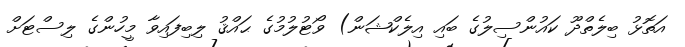
އަތޮޅު ބިލެތްދޫ ކައުންސިލުގެ ބައި އިލެކްޝަން) ވޯޓުލުމުގެ ޙައްޤު ލިބިފައިވާ މީހުންގެ ލިސްޓަށް